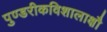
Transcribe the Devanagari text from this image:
पुण्डरीकविशालाक्षौ